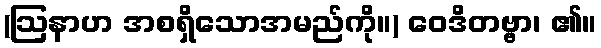
(ဩနာဟ အစရှိသောအမည်ကို။) ဝေဒိတဗ္ဗာ၊ ၏။